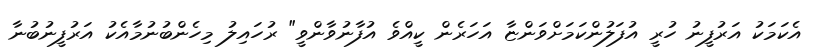
އެކަމަކު އަރުފީނު ހުރީ އުފަލުންކަމަށްވަންޏާ އަހަރެން ކީއްވެ އުފާނުވާންވީ" ރުހައިލު މިހެންބުނުމާއެކު އަރުފީނުބުނާ